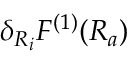
\delta _ { R _ { i } } F ^ { ( 1 ) } ( R _ { a } )